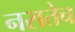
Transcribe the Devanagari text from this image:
नसतेच